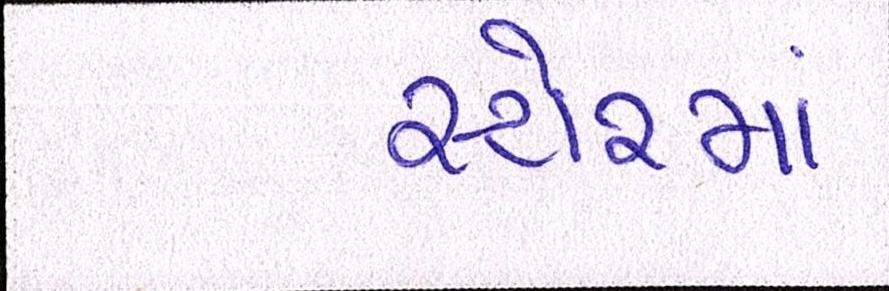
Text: સ્ટોરમાં